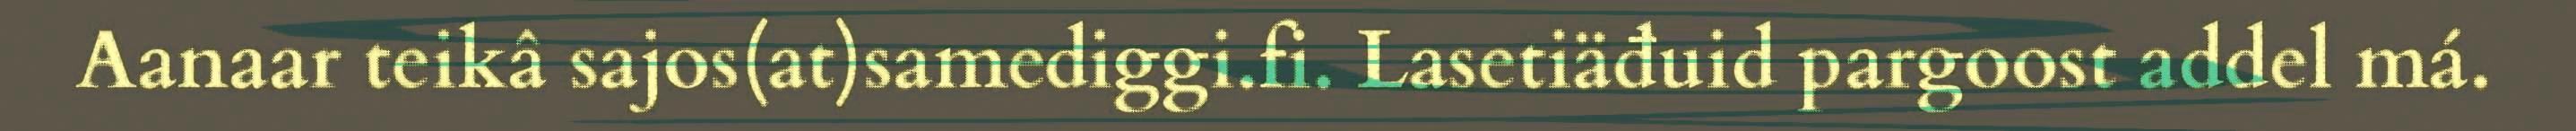
Aanaar teikâ sajos(at)samediggi.fi. Lasetiäđuid pargoost addel má.